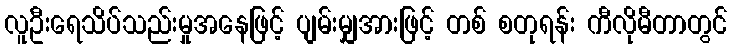
လူဦးရေသိပ်သည်းမှုအနေဖြင့် ပျမ်းမျှအားဖြင့် တစ် စတုရန်း ကီလိုမီတာတွင်